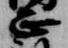
正